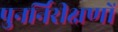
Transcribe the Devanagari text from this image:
पुनर्निरीक्षणों